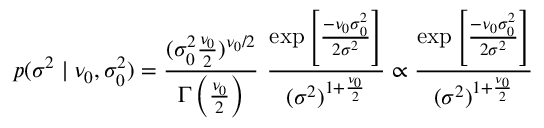
p ( \sigma ^ { 2 } \mid \nu _ { 0 } , \sigma _ { 0 } ^ { 2 } ) = { \frac { ( \sigma _ { 0 } ^ { 2 } { \frac { \nu _ { 0 } } { 2 } } ) ^ { \nu _ { 0 } / 2 } } { \Gamma \left( { \frac { \nu _ { 0 } } { 2 } } \right) } } ~ { \frac { \exp \left[ { \frac { - \nu _ { 0 } \sigma _ { 0 } ^ { 2 } } { 2 \sigma ^ { 2 } } } \right] } { ( \sigma ^ { 2 } ) ^ { 1 + { \frac { \nu _ { 0 } } { 2 } } } } } \propto { \frac { \exp \left[ { \frac { - \nu _ { 0 } \sigma _ { 0 } ^ { 2 } } { 2 \sigma ^ { 2 } } } \right] } { ( \sigma ^ { 2 } ) ^ { 1 + { \frac { \nu _ { 0 } } { 2 } } } } }